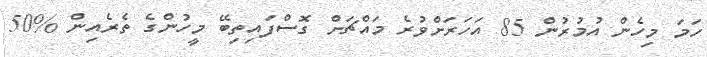
ހަމަ މިހެން އުމުރުން 85 އަހަރަށްވުރެ މައްޗަށް ގޮސްފައިތިބޭ މީހުންގެ ތެރެއިން %50